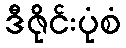
ဒီဇိုင်းပုံစံ